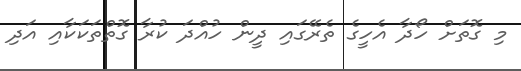
މި ގޮތަށް ހޯދާ އެހީގެ ތެރޭގައި ދީން ހުއްދަ ކުރާ ގޮތްތަކަކާއި އަދި